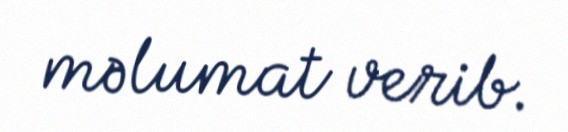
məlumat verib.